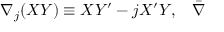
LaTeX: \nabla _ { j } ( X Y ) \equiv X Y ^ { \prime } - j X ^ { \prime } Y , \; \; \; \bar { \nabla }